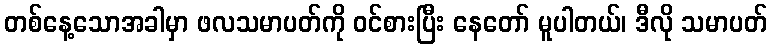
တစ်နေ့သောအခါမှာ ဖလသမာပတ်ကို ဝင်စားပြီး နေတော် မူပါတယ်၊ ဒီလို သမာပတ်